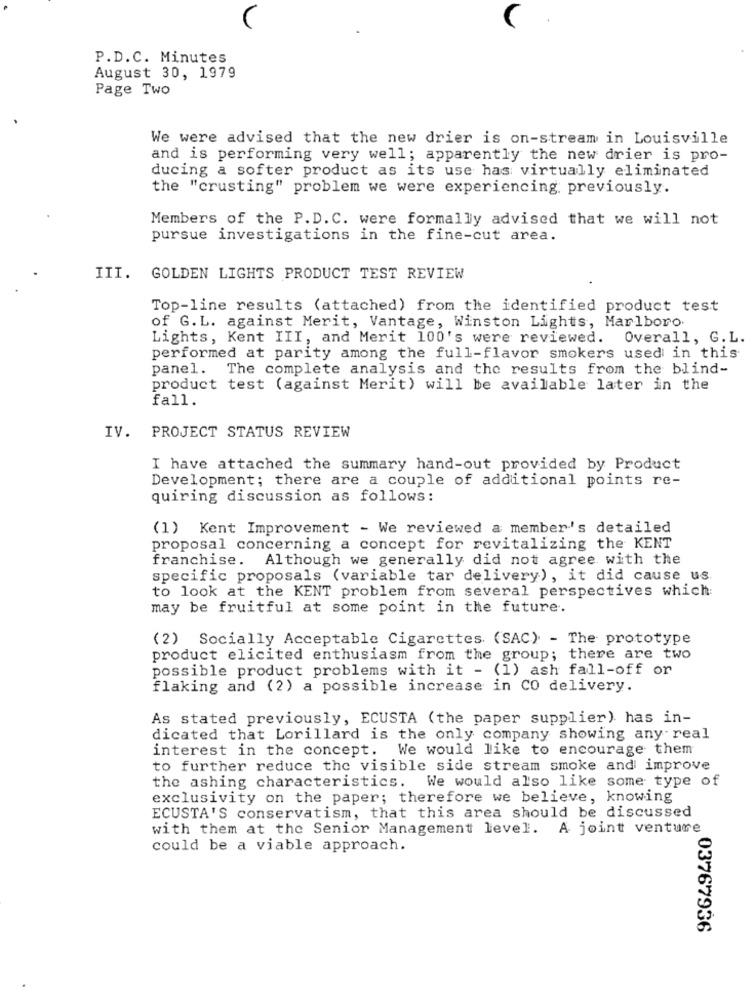
P.D.C. Minutes
August 30, 1979
Page Two
We were advised that the new drier is on-stream in Louisville
and is performing very well; apparently the new drier is pro-
ducing a softer product as its use has virtually eliminated
the "crusting" problem we were experiencing previously.
Members of the P.D.C. were formally advised that we will not
pursue investigations in the fine-cut area.
III. GOLDEN LIGHTS PRODUCT TEST REVIEW
Top-line results (attached) from the identified product test
of G. L. against Merit, Vantage, Winston Lights, Marlboro.
Lights, Kent III, and Merit 100's were reviewed. Overall, G.L.
performed at parity among the full-flavor smokers used in this
panel. The complete analysis and the results from the blind-
product test (against Merit) will be available later in the
fall.
IV. PROJECT STATUS REVIEW
I have attached the summary hand-out provided by Product
Development; there are a couple of additional points re-
quiring discussion as follows:
(1) Kent Improvement - We reviewed a member's detailed
proposal concerning a concept for revitalizing the KENT
franchise. Although we generally did not agree with the
specific proposals (variable tar delivery), it did cause us
to look at the KENT problem from several perspectives which
may be fruitful at some point in the future.
(2) Socially Acceptable Cigarettes (SAC) - The prototype
product elicited enthusiasm from the group; there are two
possible product problems with it - (1) ash fall-off or
flaking and (2) a possible increase in CO delivery.
As stated previously, ECUSTA (the paper supplier) has in-
dicated that Lorillard is the only company showing any real
interest in the concept. We would like to encourage them
to further reduce the visible side stream smoke and improve
the ashing characteristics. We would also like some type of
exclusivity on the paper; therefore we believe, knowing
ECUSTA'S conservatism, that this area should be discussed
with them at the Senior Management level. A joint venture
could be a viable approach.
03767936